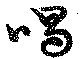
喝